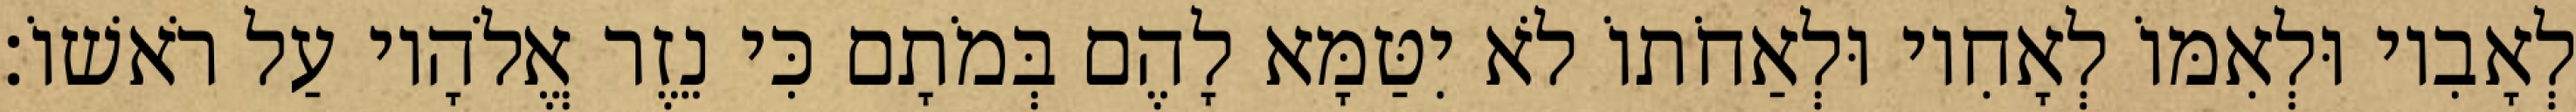
לְאָבִיו וּלְאִמּוֹ לְאָחִיו וּלְאַחֹתוֹ לֹא יִטַּמָּא לָהֶם בְּמֹתָם כִּי נֵזֶר אֱלֹהָיו עַל רֹאשׁוֹ׃